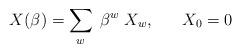
LaTeX: \begin{align*}X(\beta) = \sum_{w} \; \beta^{w} \; X_{w}, \;\;\;\;\;\; X_{0} = 0\end{align*}